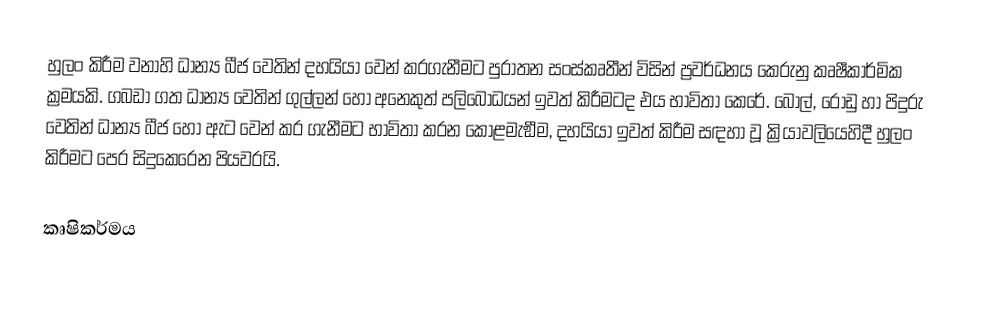
හුලං කිරීම වනාහි ධාන්‍ය බීජ වෙතින් දහයියා වෙන් කරගැනීමට පුරාතන සංස්කෘතීන් විසින් ප්‍රවර්ධනය කෙරුනු  කෘෂීකාර්මික ක්‍රමයකි. ගබඩා ගත ධාන්‍ය වෙතින් ගුල්ලන් හෝ අනෙකුත් පලිබෝධයන්  ඉවත් කිරීමටද එය භාවිතා කෙරේ. බොල්, රොඩු හා පිදුරු වෙතින් ධාන්‍ය බීජ හෝ ඇට වෙන් කර ගැනීමට භාවිතා කරන  කොළමැඞීම,  දහයියා ඉවත් කිරීම සඳහා වූ  ක්‍රියාවලියෙහිදී  හුලං කිරීමට පෙර සිදුකෙරෙන පියවරයි.

කෘෂිකර්මය